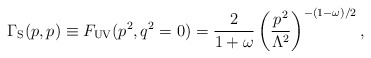
\begin{align*}{\Gamma_{\rm S}}(p,p)\equiv F_{\rm UV}(p^2,q^2=0)=\frac{2}{1+\omega}\left(\frac{p^2}{\Lambda^2}\right)^{-(1-\omega)/2},\end{align*}